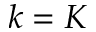
k = K